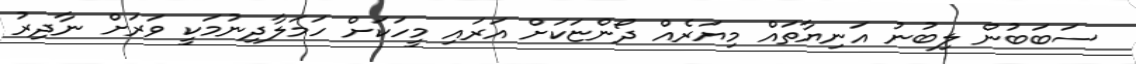
ސަބަބުން ލިބުނު އަނިޔާތައް މިޔަރެއް ދޯންޏަކަށް އަރައި މީހަކަށް ހަމަލާދިނުމަކީ ވަރަށް ނާދިރު